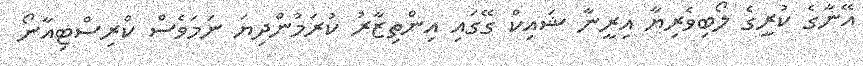
އޭނާގެ ކުރީގެ ލޯބިވެރިޔާ އިރީނާ ޝައިކް ގޭގައި އިންތިޒާރު ކުރަމުންދިޔަ ނަމަވެސް ކްރިސްޓިއާނޯ